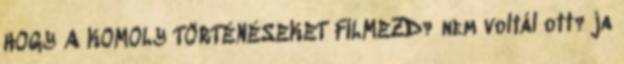
HOGY A KOMOLY TÖRTÉNÉSEKET FILMEZD? nem voltál ott? ja